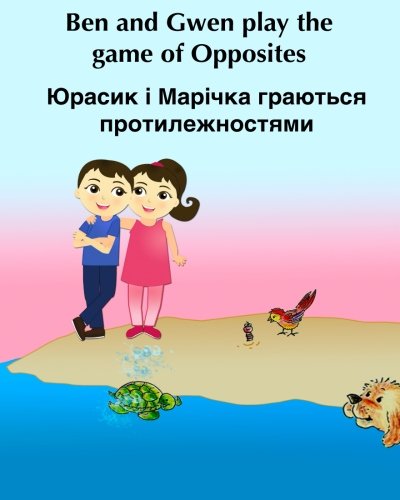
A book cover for Ben and Gwen play the game of   opposites: (Bilingual Edition) English Ukrainian Children's Picture Book. Ukrainian kids book (Ukrainian Edition), ... Ukrainian books for children) (Volume 4); Sujatha Lalgudi; Children's Books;